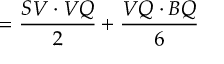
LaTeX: { } = { \frac { S V \cdot V Q } { 2 } } + { \frac { V Q \cdot B Q } { 6 } }